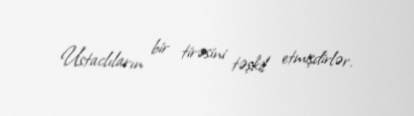
Ustaclıların bir tirəsini təşkil etmişdirlər.